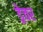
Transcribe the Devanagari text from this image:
ड्रेवर